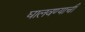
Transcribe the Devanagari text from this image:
घालवण्याची